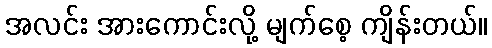
အလင်း အားကောင်းလို့ မျက်စေ့ ကျိန်းတယ်။